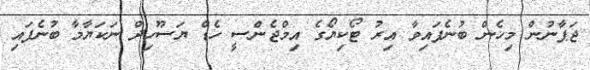
ޖަޕާނުން މިހެން ބުނެފައިވާ އިރު ޓޯކިޔޯގެ އިމްޖެންސީ ހެޑް ޔަސޫހިދް ނަކަޔާމާ ބުނެފައި